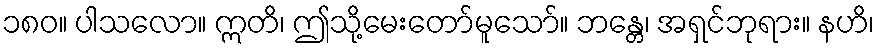
၁၈၀။ ပါသလော။ ဣတိ၊ ဤသို့မေးတော်မူသော်။ ဘန္တေ၊ အရှင်ဘုရား။ နဟိ၊